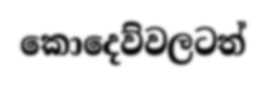
කොදෙව්වලටත්